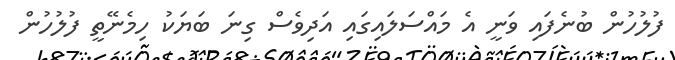
ފުލުހުން ބުނެފައި ވަނީ އެ މައްސަލައިގައި އަދިވެސް ގިނަ ބަޔަކު ހިމެނޭތީ ފުލުހުން